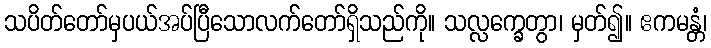
သပိတ်တော်မှပယ်အပ်ပြီသောလက်တော်ရှိသည်ကို။ သလ္လက္ခေတွာ၊ မှတ်၍။ ဧကမန္တံ၊